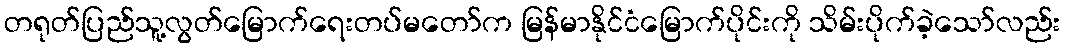
တရုတ်ပြည်သူ့လွတ်မြောက်ရေးတပ်မတော်က မြန်မာနိုင်ငံမြောက်ပိုင်းကို သိမ်းပိုက်ခဲ့သော်လည်း